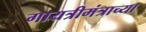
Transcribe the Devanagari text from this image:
गायत्रीमंत्राच्या